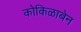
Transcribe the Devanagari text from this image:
कोकिळाबेन